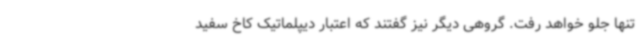
تنها جلو خواهد رفت. گروهی دیگر نیز گفتند که اعتبار دیپلماتیک کاخ سفید